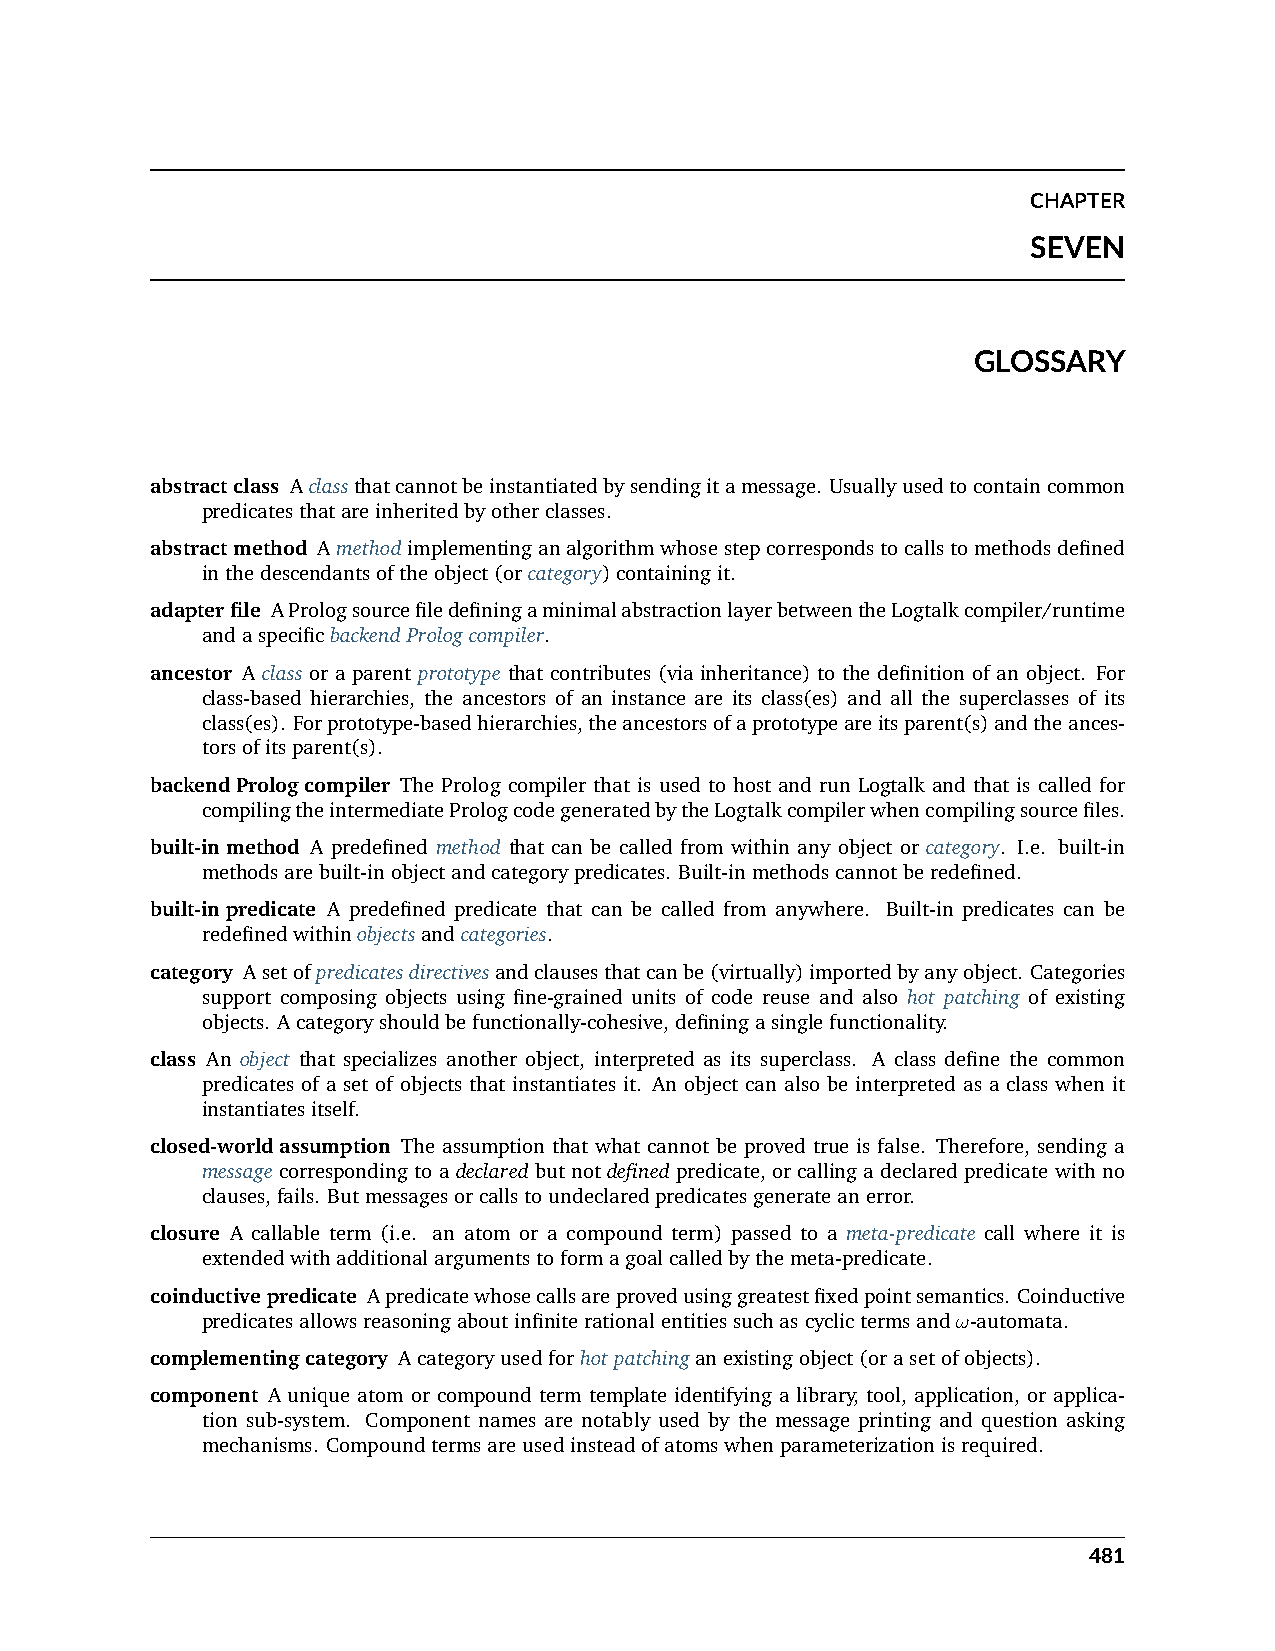
CHAPTER
 SEVEN
 GLOSSARY
 abstractclass Aclassthatcannotbeinstantiatedbysendingitamessage. Usuallyusedtocontaincommon
 predicatesthatareinheritedbyotherclasses.
 abstractmethod Amethodimplementinganalgorithmwhosestepcorrespondstocallstomethodsdefined
 inthedescendantsoftheobject(orcategory)containingit.
 adapterfile APrologsourcefiledefiningaminimalabstractionlayerbetweentheLogtalkcompiler/runtime
 andaspecificbackendPrologcompiler.
 ancestor A class or a parent prototype that contributes (via inheritance) to the definition of an object. For
 class-based hierarchies, the ancestors of an instance are its class(es) and all the superclasses of its
 class(es). Forprototype-basedhierarchies,theancestorsofaprototypeareitsparent(s)andtheances-
 torsofitsparent(s).
 backendPrologcompiler The Prolog compiler that is used to host and run Logtalk and that is called for
 compilingtheintermediatePrologcodegeneratedbytheLogtalkcompilerwhencompilingsourcefiles.
 built-inmethod A predefined method that can be called from within any object or category. I.e. built-in
 methodsarebuilt-inobjectandcategorypredicates. Built-inmethodscannotberedefined.
 built-inpredicate A predefined predicate that can be called from anywhere. Built-in predicates can be
 redefinedwithinobjectsandcategories.
 category Asetofpredicatesdirectivesandclausesthatcanbe(virtually)importedbyanyobject. Categories
 support composing objects using fine-grained units of code reuse and also hot patching of existing
 objects. Acategoryshouldbefunctionally-cohesive,definingasinglefunctionality.
 class An object that specializes another object, interpreted as its superclass. A class define the common
 predicates of a set of objects that instantiates it. An object can also be interpreted as a class when it
 instantiatesitself.
 closed-worldassumption The assumption that what cannot be proved true is false. Therefore, sending a
 message corresponding to a declared but not defined predicate, or calling a declared predicate with no
 clauses,fails. Butmessagesorcallstoundeclaredpredicatesgenerateanerror.
 closure A callable term (i.e. an atom or a compound term) passed to a meta-predicate call where it is
 extendedwithadditionalargumentstoformagoalcalledbythemeta-predicate.
 coinductivepredicate Apredicatewhosecallsareprovedusinggreatestfixedpointsemantics. Coinductive
 predicatesallowsreasoningaboutinfiniterationalentitiessuchascyclictermsand𝜔-automata.
 complementingcategory Acategoryusedforhotpatchinganexistingobject(orasetofobjects).
 component A unique atom or compound term template identifying a library, tool, application, or applica-
 tion sub-system. Component names are notably used by the message printing and question asking
 mechanisms. Compoundtermsareusedinsteadofatomswhenparameterizationisrequired.
 481